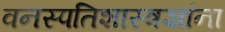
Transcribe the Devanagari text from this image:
वनस्पतिशास्त्रज्ञांना